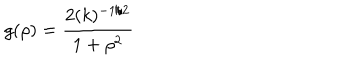
g ( \rho ) = \frac { 2 ( k ) ^ { - 1 / 2 } } { 1 + { \rho } ^ { 2 } }